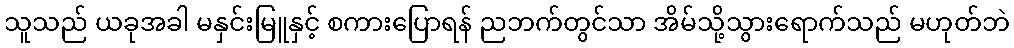
သူသည် ယခုအခါ မနှင်းမြူနှင့် စကားပြောရန် ညဘက်တွင်သာ အိမ်သို့သွားရောက်သည် မဟုတ်ဘဲ